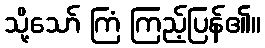
သို့သော် ကြံ ကြည့်ပြန်၏။